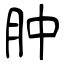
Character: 肿